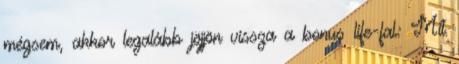
mégsem, akkor legalább jöjjön vissza a bonus life-fal: Mit